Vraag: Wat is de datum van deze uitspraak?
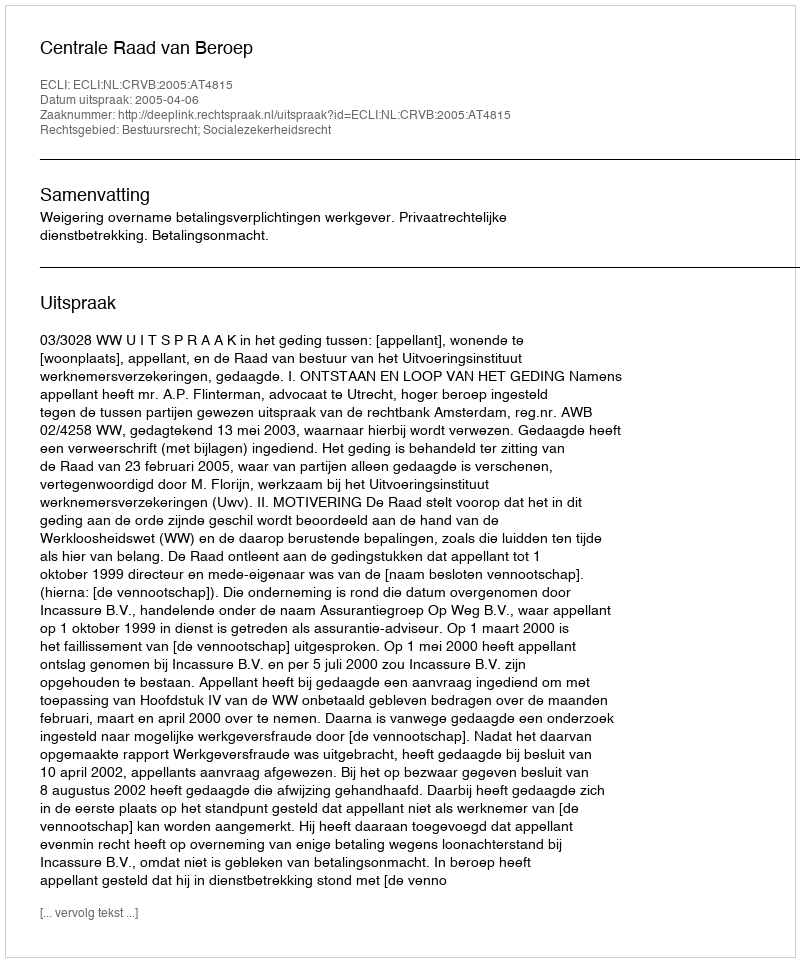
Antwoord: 2005-04-06